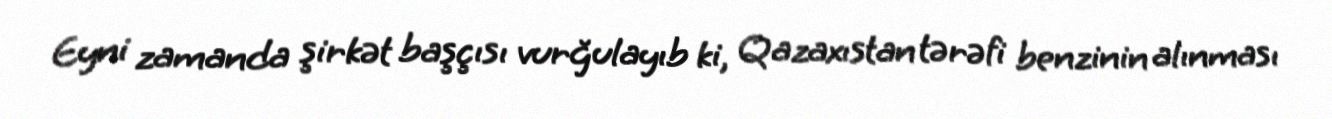
Eyni zamanda şirkət başçısı vurğulayıb ki, Qazaxıstan tərəfi benzinin alınması